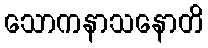
သောကနာသနောတိ